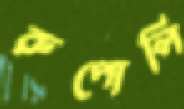
রুপোলি